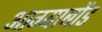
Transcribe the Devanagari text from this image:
आग्याबोंड